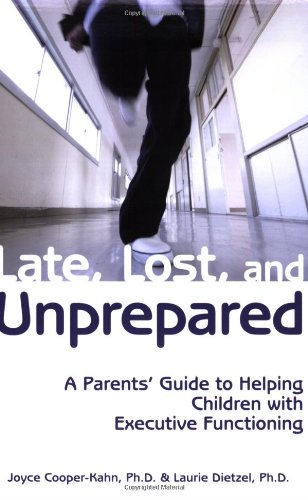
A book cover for Late, Lost, and Unprepared: A Parents' Guide to Helping Children with Executive Functioning; Joyce Cooper-Kahn; Education & Teaching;